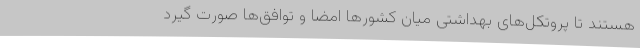
هستند تا پروتکل‌های بهداشتی میان کشورها امضا و توافق‌ها صورت گیرد